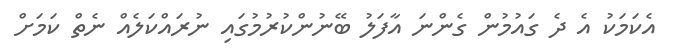
އެކަމަކު އެ ދެ ގައުމުން ގެންނަ އާފަލު ބޭނުންކުރުމުގައި ނުރައްކަލެއް ނެތް ކަމަށް